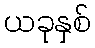
ယခုနှစ်